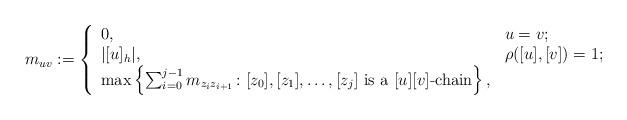
LaTeX: \begin{align*}m_{uv} := \left\{ \begin{array}{ll}0, & u = v; \\|[u]_h|, & \rho([u],[v]) = 1; \\\max \left\{ \sum_{i = 0}^{j-1} m_{z_{i}z_{i+1}} \colon [z_0], [z_1], \dots, [z_j] \textrm{~is a~} [u][v]\textrm{-chain}\right\}, & \end{array}\right.\end{align*}